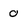
Character: 0